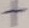
Text: +